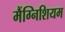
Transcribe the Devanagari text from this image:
मैंग्निशियम